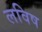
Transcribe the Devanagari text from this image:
लविष